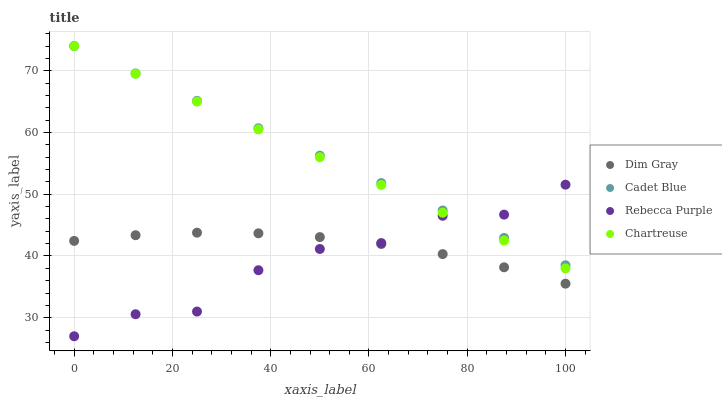
| xaxis_label | Dim Gray | Cadet Blue | Rebecca Purple | Chartreuse |
 | --- | --- | --- | --- | --- |
 | 0 | 42.4 | 74 | 27 | 74 |
 | 12.5 | 43.4 | 69.6 | 30.6 | 69.5 |
 | 25 | 43.8 | 65.1 | 31 | 65 |
 | 37.5 | 43.7 | 60.7 | 37.7 | 60.5 |
 | 50 | 43.1 | 56.2 | 41.1 | 56 |
 | 62.5 | 41.9 | 51.8 | 42.1 | 51.5 |
 | 75 | 40.3 | 47.4 | 46.5 | 47 |
 | 87.5 | 38.2 | 42.9 | 46.7 | 42.5 |
 | 100 | 35.5 | 38.5 | 51.5 | 38 |